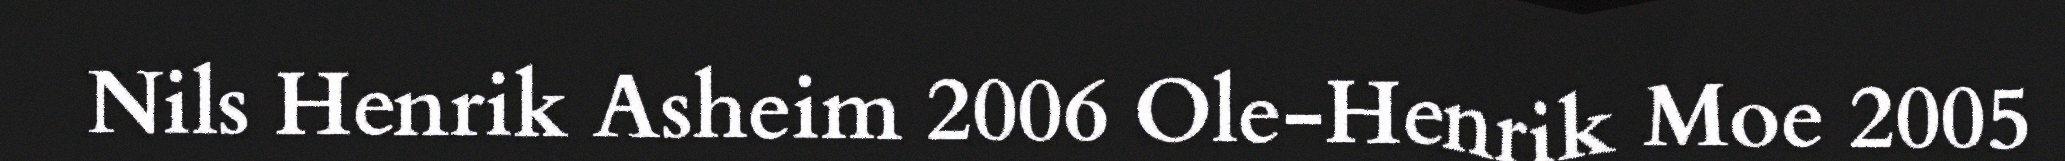
Nils Henrik Asheim 2006 Ole-Henrik Moe 2005